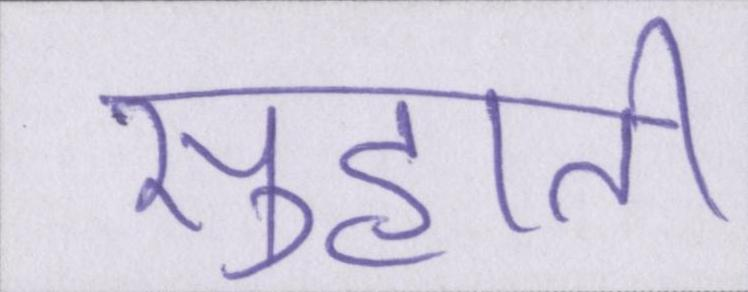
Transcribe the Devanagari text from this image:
सुहाती